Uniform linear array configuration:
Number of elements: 4
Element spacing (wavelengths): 0.5
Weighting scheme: uniform
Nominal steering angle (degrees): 15
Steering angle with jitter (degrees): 16.179
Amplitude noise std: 0.05
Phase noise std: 0.05

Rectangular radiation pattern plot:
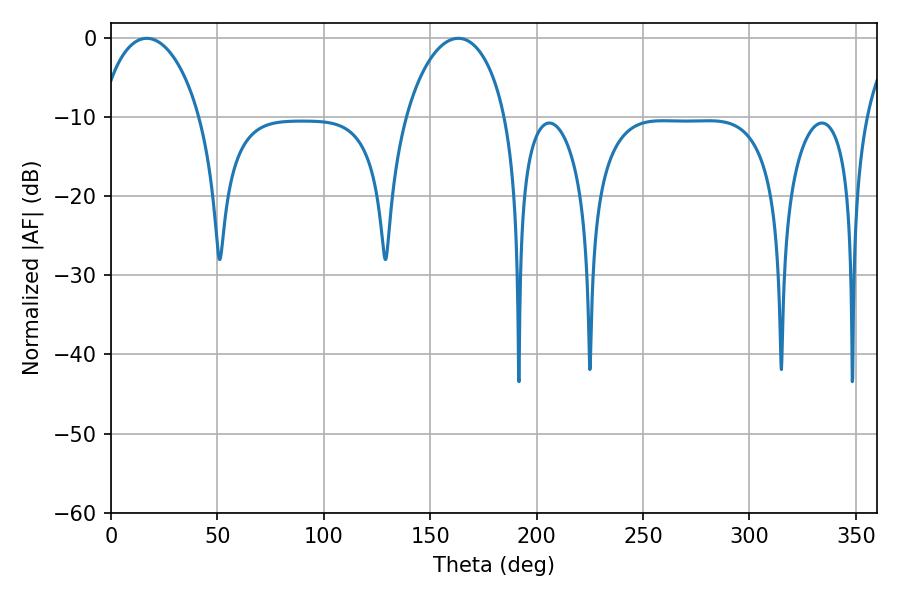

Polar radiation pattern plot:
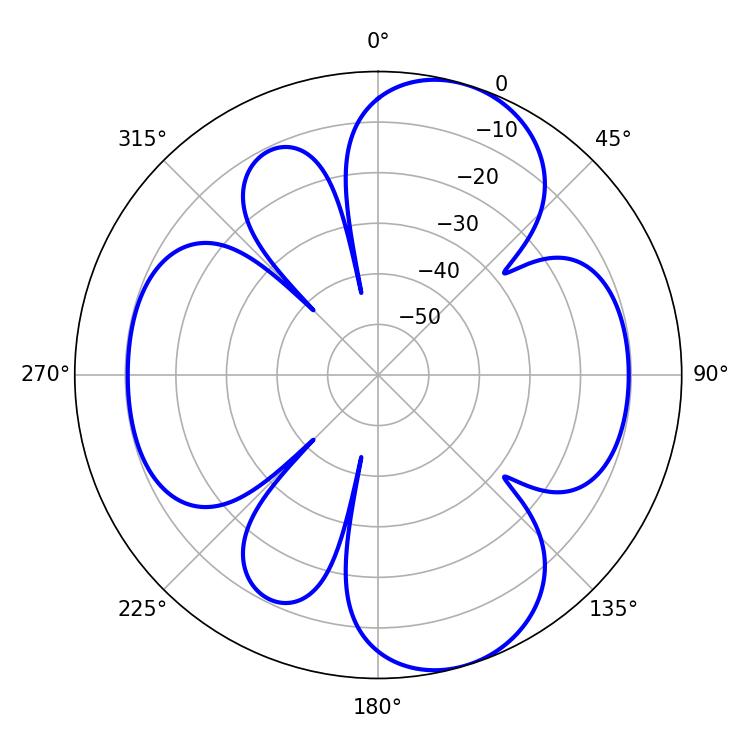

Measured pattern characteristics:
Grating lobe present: FALSE
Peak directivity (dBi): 8.955
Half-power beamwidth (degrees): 27
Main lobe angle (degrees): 16.74